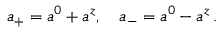
a _ { + } = a ^ { 0 } + a ^ { z } , \quad a _ { - } = a ^ { 0 } - a ^ { z } \, .